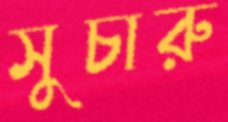
সুচারু